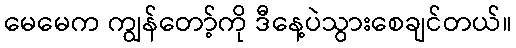
မေမေက ကျွန်တော့်ကို ဒီနေ့ပဲသွားစေချင်တယ်။